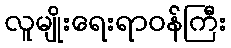
လူမျိုးရေးရာဝန်ကြီး